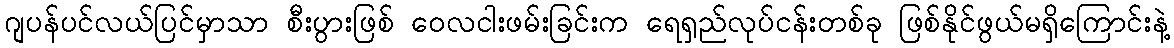
ဂျပန်ပင်လယ်ပြင်မှာသာ စီးပွားဖြစ် ဝေလငါးဖမ်းခြင်းက ရေရှည်လုပ်ငန်းတစ်ခု ဖြစ်နိုင်ဖွယ်မရှိကြောင်းနဲ့